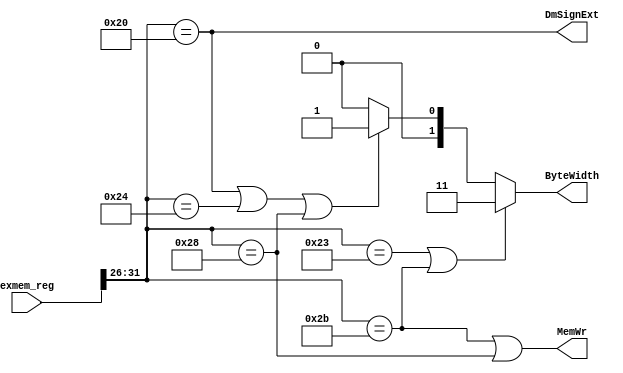
module ex_mem_decoder(exmem_reg,MemWr,DmSignExt,ByteWidth);

input wire[127:0] exmem_reg;
wire[5:0]         op;
output wire       MemWr,DmSignExt;
output wire[1:0]  ByteWidth;

assign op=exmem_reg[31:26];
assign MemWr=(op==6'b101011 | op==6'b101000);
assign DmSignExt=(op==6'b100000);
assign ByteWidth=(op==6'b100011 | op==6'b101011)? 2'b11:((op==6'b100000 | op==6'b100100 | op==6'b101000)? 2'b01:2'b00);

endmodule